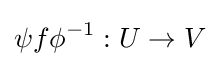
\psi f\phi ^{-1}:U\to V